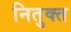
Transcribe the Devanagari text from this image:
नितुक्त